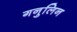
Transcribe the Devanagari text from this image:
गनुलिन